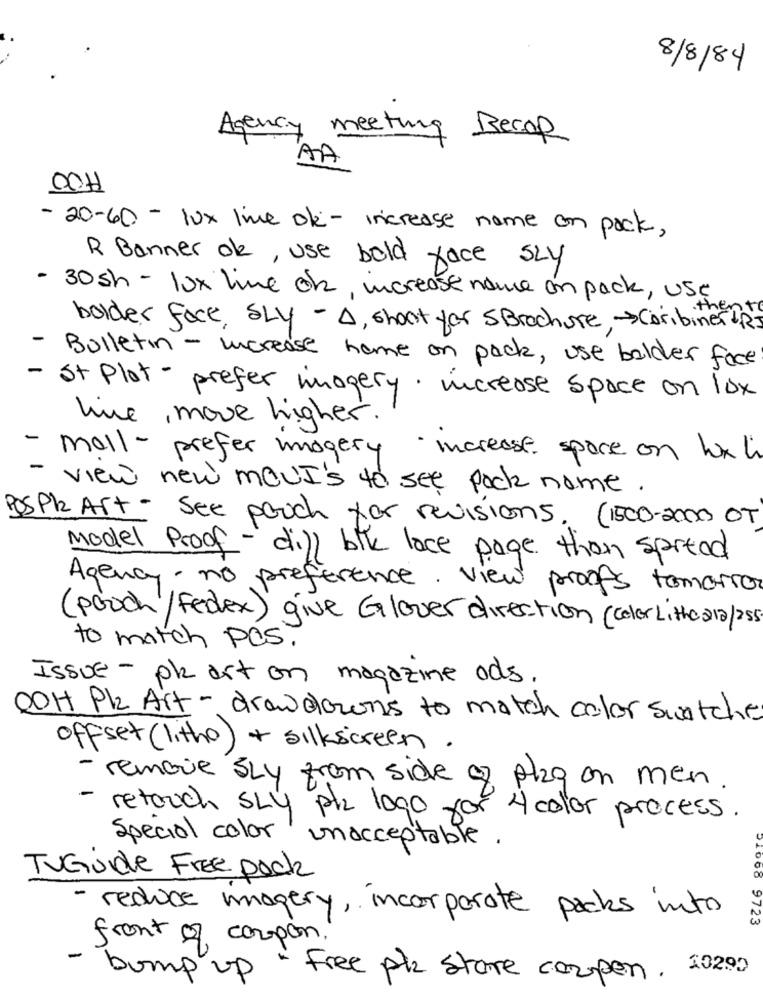
8/8/84
Agency meeting Becop
AA
OCH
- 20-60 - lux live ok - increase name on pack,
R Banner ok, use bold face SLY
- 30sh - 10x line ok, increase name on pack, use
bolder fack, SLY - A, shoot for 5Brochure, - caribinerfR]
- Bulletin - increase home on pack, use bolder face
- St Plot - prefer imagery. increase space on lox
line , move higher ."
- mall - prefer imagery increase space on hox li
- view new mOUI's to see pack name.
PosPR Art - See pouch for revisions. (1500-2000 OT
Model Proof - di)) blk lace page than spread
Agency- no preference. View proofs tomorrow
(pooch/fedex) give Glover direction (Color Litho 212/255
to match Pes.
ISSUE - pk art on magazine ods.
OOH Pk Art - draw downs to match color swatches
offset (litho) + silkscreen.
- remove SLY from side of plag on men.
- retouch sLy ph logo for
× 4 color process.
Special color unacceptable.
TVGuide Free pock
- reduce imagery, incorporate packs into
9723
front of coupon.
- bump up - Free plz stare coupon. 102.00